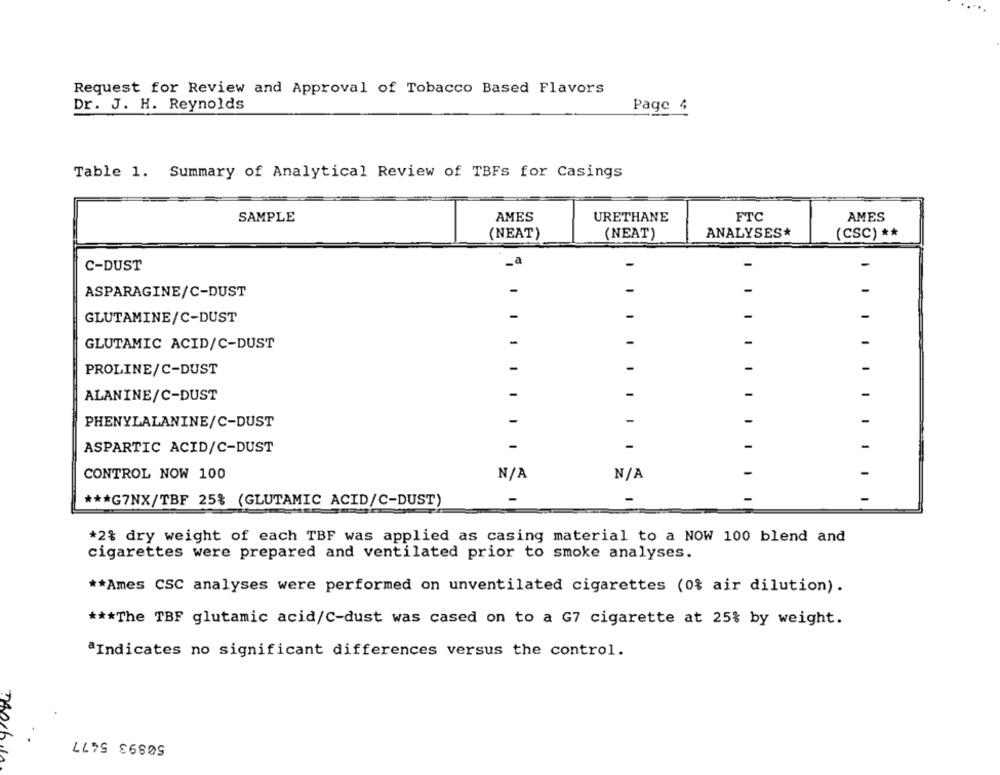
Request for Review and Approval of Tobacco Based Flavors
Dr. J. H. Reynolds
Page 4
Table 1. Summary of Analytical Review of TBFs for Casings
SAMPLE
AMES
URETHANE
FTC
AMES
(NEAT)
(NEAT)
ANALYSES*
(CSC) **
-a
-
C-DUST
ASPARAGINE/C-DUST
-
-
-
-
GLUTAMINE/C-DUST
-
-
-
-
-
-
GLUTAMIC ACID/C-DUST
PROLINE/C-DUST
-
-
-
-
-
-
-
-
ALANINE/C-DUST
PHENYLALANINE/C-DUST
-
-
-
-
ASPARTIC ACID/C-DUST
-
-
-
-
-
CONTROL NOW 100
*** G7NX/TBF 25% (GLUTAMIC ACID/C-DUST)
*2% dry weight of each TBF was applied as casing material to a NOW 100 blend and
cigarettes were prepared and ventilated prior to smoke analyses.
** Ames CSC analyses were performed on unventilated cigarettes (0% air dilution).
*** The TBF glutamic acid/C-dust was cased on to a G7 cigarette at 25% by weight.
ªIndicates no significant differences versus the control.
50893 5477
Trochula